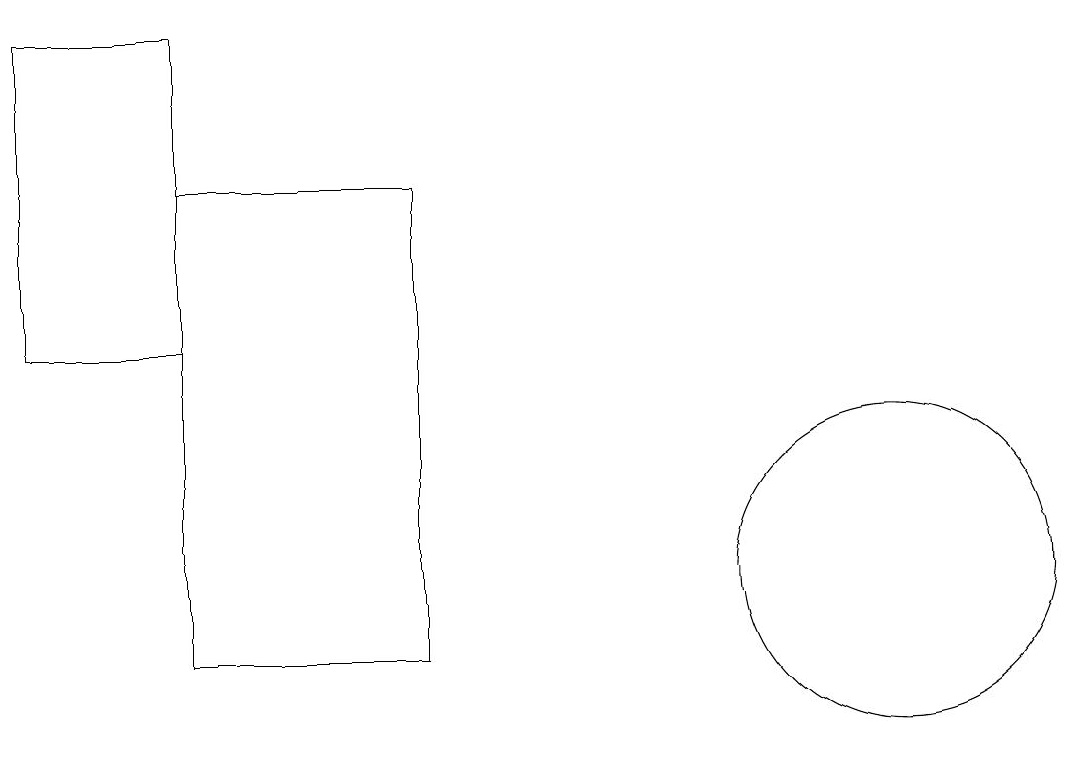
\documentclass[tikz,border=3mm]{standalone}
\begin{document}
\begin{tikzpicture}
\draw (11,11) circle (2);
\draw (5,10) rectangle (2,16);
\draw (0,18) rectangle (2,14);
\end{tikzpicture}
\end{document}